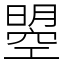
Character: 曌